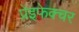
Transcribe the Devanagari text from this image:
प्रेइफेक्चर